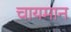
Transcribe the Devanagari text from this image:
चायमान